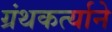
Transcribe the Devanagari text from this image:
ग्रंथकर्त्याने